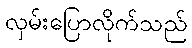
လှမ်းပြောလိုက်သည်